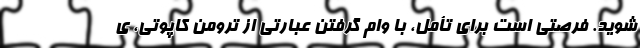
شوید. فرصتی است برای تأمل، با وام گرفتن عبارتی از ترومن کاپوتی، ی